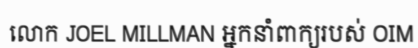
លោក JOEL MILLMAN អ្នកនាំពាក្យរបស់ OIM